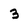
Character: 3